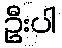
ဦးပါ